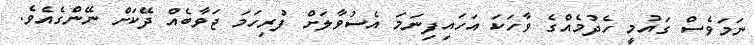
ނަމަވެސް ގައުމީ ހެދުމެއްގެ ވާހަކަ އަހައިފިނަމަ އެސުވާލަށް ފުރިހަމަ ޖަވާބެއް ދޭކަށް ނޭންގެއެވެ.